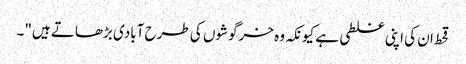
قحط ان کی اپنی غلطی ہے کیونکہ وہ خرگوشوں کی طرح آبادی بڑھاتے ہیں"۔